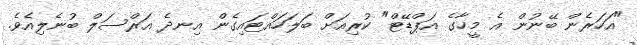
"އަހަރެން ބޭނުން އެ މީހާގެ އަޕްޑޭޓް" ކުރިއަށް ބަލަހައްޓައިގެން އިނދެ އަރްސަލް ބުނެލިއެވެ.